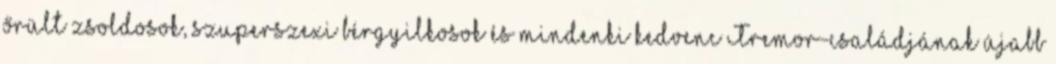
őrült zsoldosok, szuperszexi bérgyilkosok és mindenki kedvenc Tremor-családjának újabb